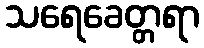
သရေခေတ္တရာ